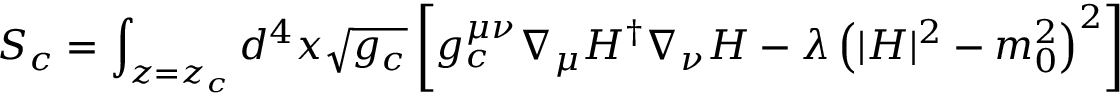
S _ { c } = \int _ { z = z _ { c } } d ^ { 4 } x \sqrt { g _ { c } } \left[ g _ { c } ^ { \mu \nu } \nabla _ { \mu } H ^ { \dagger } \nabla _ { \nu } H - \lambda \left( | H | ^ { 2 } - m _ { 0 } ^ { 2 } \right) ^ { 2 } \right]